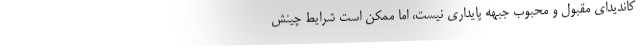
کاندیدای مقبول و محبوب جبهه پایداری نیست، اما ممکن است شرایط چینش